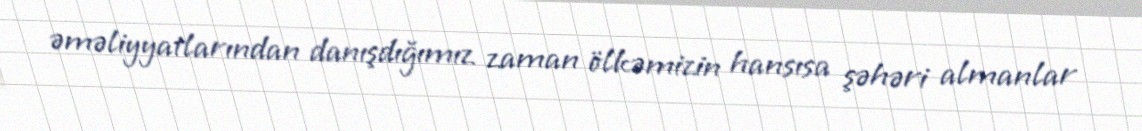
əməliyyatlarından danışdığımız zaman ölkəmizin hansısa şəhəri almanlar